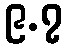
၉.၇